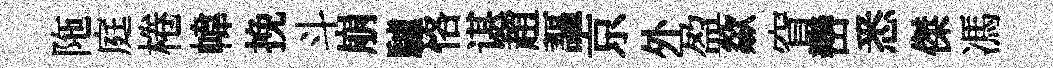
陁庭棬幃挽斗崩驢恪谌趙謳京外盈歘窅巒悉傑馮